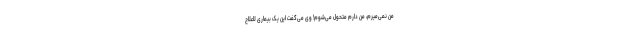
من نمی‌میرم، من دارم متحول می‌شوم! وی می‌گفت این یک بیماری لاعلاج